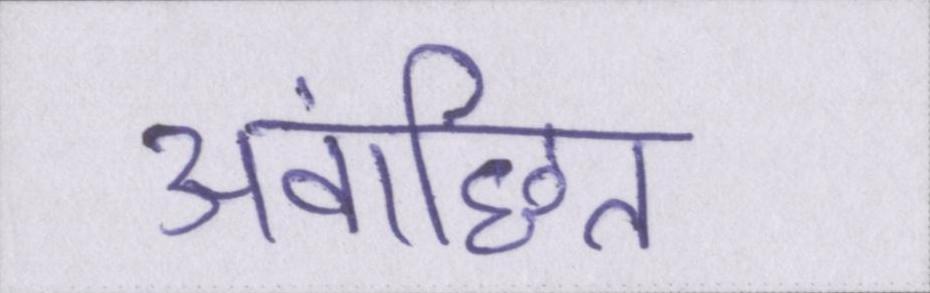
अवांछित